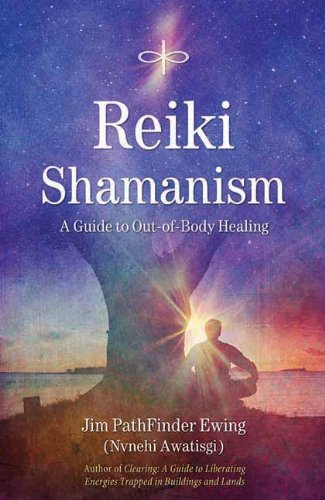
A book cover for Reiki Shamanism: A Guide to Out-of-Body Healing; Jim PathFinder Ewing; Religion & Spirituality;